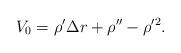
LaTeX: \begin{align*}V_0=\rho^{\prime} \Delta r+\rho^{\prime \prime}-\rho^{\prime 2}.\end{align*}